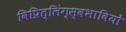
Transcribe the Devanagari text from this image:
विप्रित्लिंग्स्वभावियों